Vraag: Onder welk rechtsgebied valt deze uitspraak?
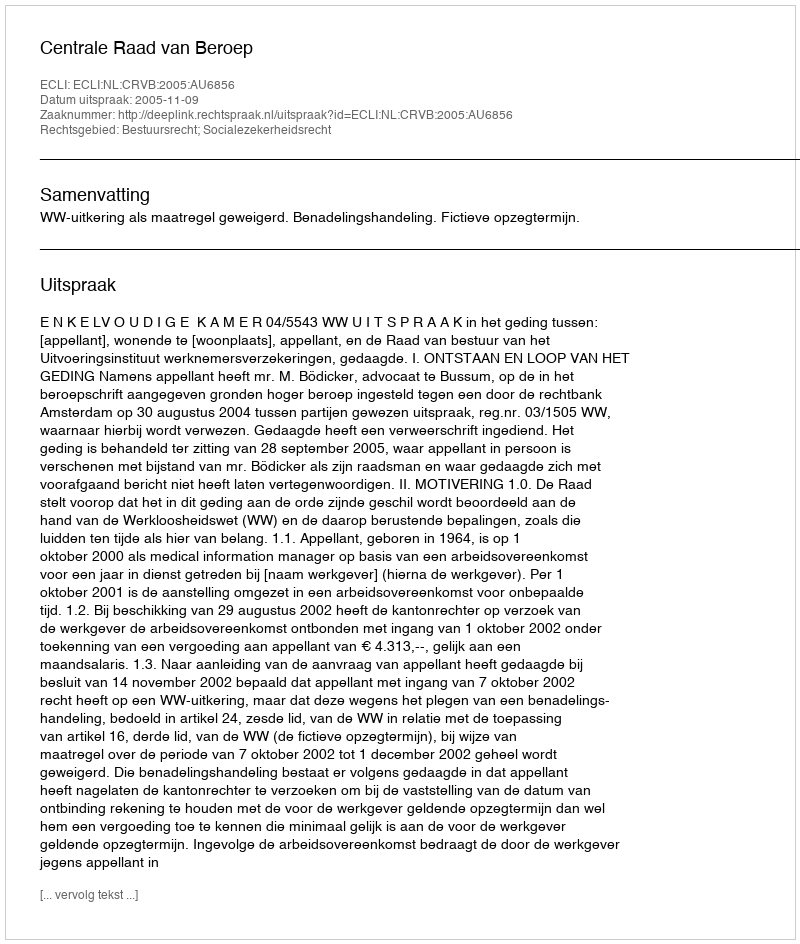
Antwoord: Bestuursrecht; Socialezekerheidsrecht